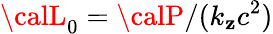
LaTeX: {\calL}_{0}={\calP}/(k_{\mathbf{z}}c^{2})